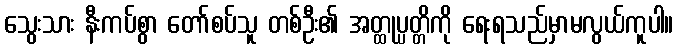
သွေးသား နီးကပ်စွာ တော်စပ်သူ တစ်ဦး၏ အတ္ထုပ္ပတ္တိကို ရေးရသည်မှာမလွယ်ကူပါ။